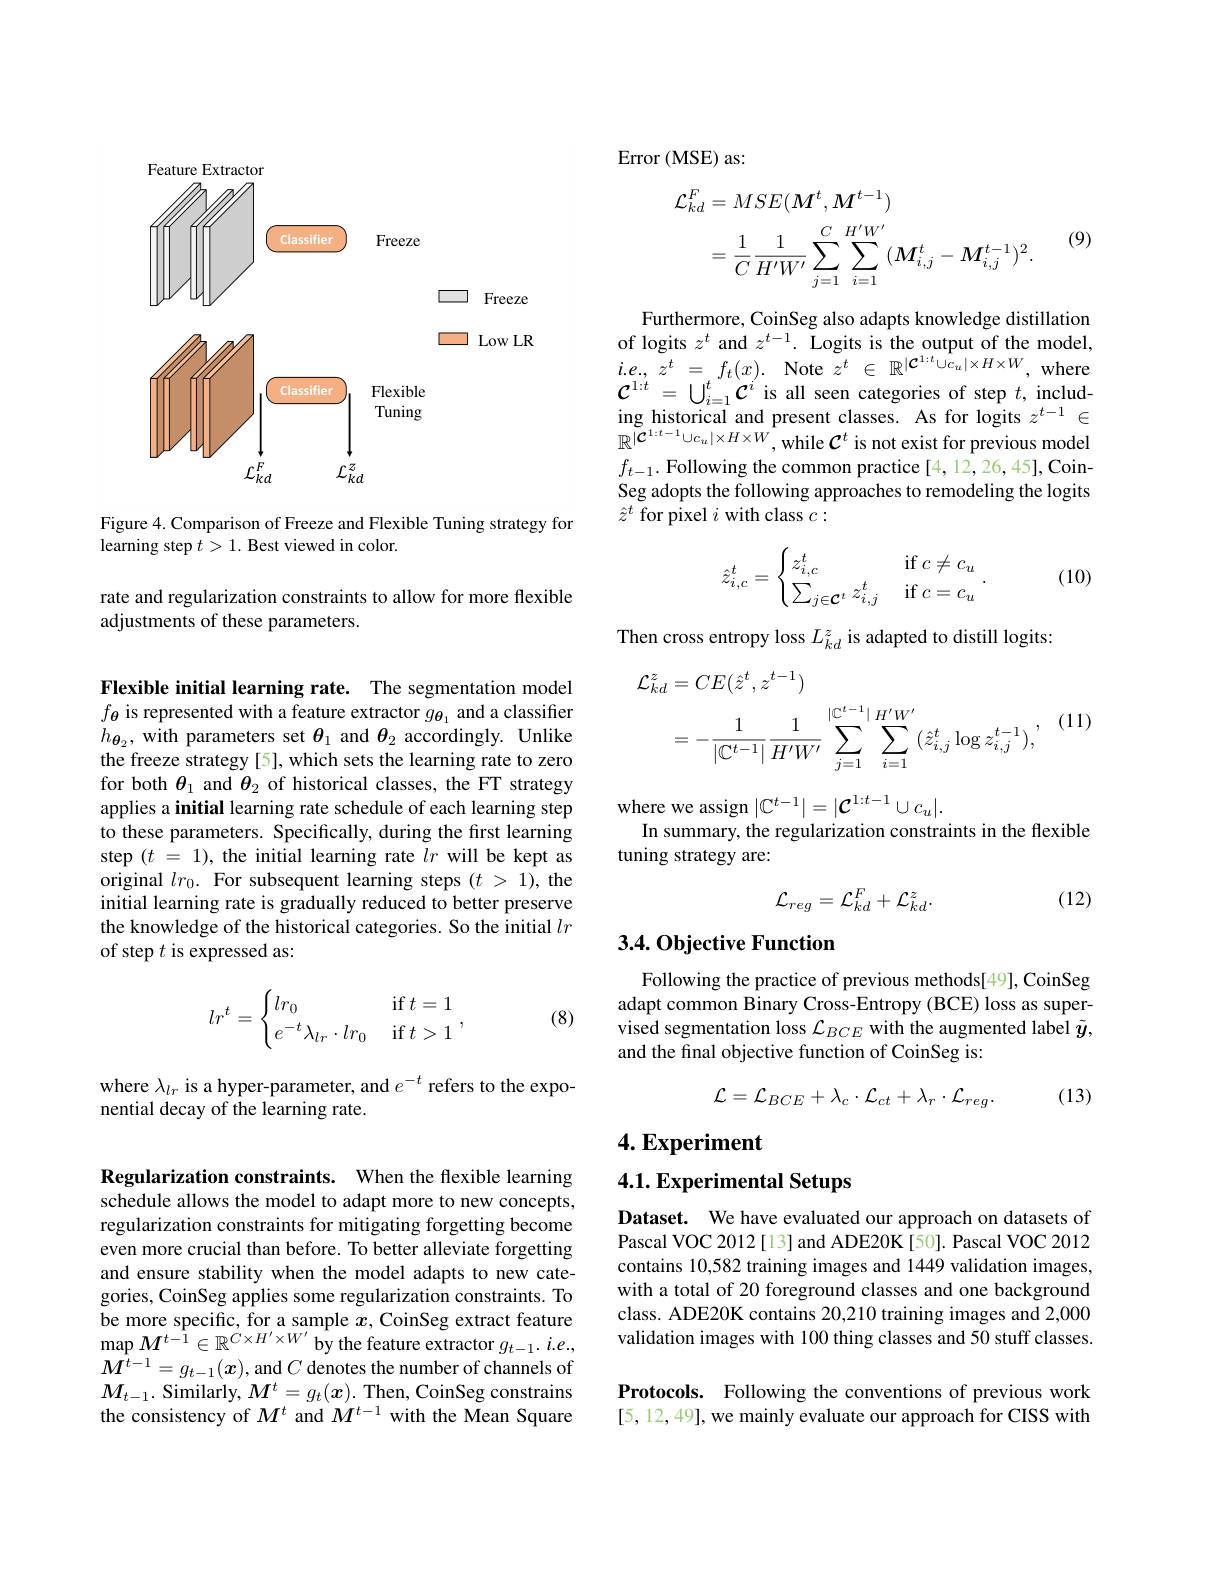
<FigureHere>

Figure 4. Comparison of Freeze and Flexible Tuning strategy for
learning step $t>1.$ Best viewed in color.

rate and regularization constraints to allow for more flexible
adjustments of these parameters.

Flexible initial learning rate. The segmentation model $f_{\boldsymbol{\theta}}$ is represented with a feature extractor $g_{\boldsymbol{\theta}_1}$ and a classiffer $h_{\boldsymbol{\theta}_{2}}$, with parameters set $\theta_1$ and $\theta_2$ accordingly. Unlike the freeze strategy [5], which sets the learning rate to zero for both $\theta_1$ and $\theta_2$ of historical classes, the FT strategy applies a initial learning rate schedule of each learning step to these parameters. Specifically, during the first learning step $( t$ = 1), the initial learning rate $lr$ will be kept as original $lr_0.$ For subsequent learning steps $(t>1)$, the initial learning rate is gradually reduced to better preserve the knowledge of the historical categories. So the initial $lr$ of step $t$ is expressed as:
$$lr^t=\begin{cases}lr_0&\text{if}\:t=1\\e^{-t}\lambda_{lr}\cdot lr_0&\text{if}\:t>1\end{cases},$$
(8)

where $\lambda_lr$ is a hyper-parameter, and $e^-t$ refers to the expo-
nential decay of the learning rate.

Regularization constraints. When the flexible learning schedule allows the model to adapt more to new concepts, regularization constraints for mitigating forgetting become even more crucial than before. To better alleviate forgetting and ensure stability when the model adapts to new categories, CoinSeg applies some regularization constraints. To be more specific, for a sample $x$, CoinSeg extract feature $\operatorname*{map}M^{t-1}\in\mathbb{R}^{\acute{C}\times H^{\prime}\times W^{\prime}}$ by the feature extractor $g_t-1.i.e.$, $M^{t-1}=g_{t-1}(x)$, and $C$ denotes the number of channels of $M_{t-1}.$ Similarly, $M^t=g_t(\boldsymbol x).$ Then, CoinSeg constrains the consistency of $M^t$ and $M^{t-1}$ with the Mean Square

$\operatorname{Error}\left(\mathrm{MSE}\right)$as:
$$\begin{aligned}\mathcal{L}_{kd}^{F}&=MSE(\boldsymbol{M}^{t},\boldsymbol{M}^{t-1})\\&=\frac{1}{C}\frac{1}{H^{\prime}W^{\prime}}\sum_{j=1}^{C}\sum_{i=1}^{H^{\prime}W^{\prime}}(\boldsymbol{M}_{i,j}^{t}-\boldsymbol{M}_{i,j}^{t-1})^{2}.\end{aligned}$$
(9)

Furthermore, CoinSeg also adapts knowledge distillation of logits $z^t$ and $z^t-1.$ Logits is the output of the model, $i.e,~z^{t}~=~f_{t}(x).~$Note $z^t~\in~\mathbb{R}^{|\mathcal{C}^{1:t}\cup c_{u}|\times H\times W},~$where $\mathcal{C}^{1:t}=\bigcup_{i=1}^{t}\mathcal{C}^{i}$ is all seen categories of step $t$,including historical and present classes. As for logits $z^t-1\in$ $\mathbb{R}^{\tilde{|}\mathcal{C}^{1:t-1}\cup c_u|\times H\times W}$,while $\mathcal{C}^t$ is not exist for previous model $f_{t-1}.$ Following the common practice[4,12,26,45],CoinSeg adopts the following approaches to remodeling the logits $\hat{z}^t$ for pixel $i$ with class $c:$
$$\hat{z}_{i,c}^t=\begin{cases}z_{i,c}^t&\text{if}c\neq c_u\\\sum_{j\in\mathcal{C}^t}z_{i,j}^t&\text{if}c=c_u\end{cases}.$$
(10)

Then cross entropy loss $L_kd^z$ is adapted to distill logits:
$$\begin{aligned}\mathcal{L}_{kd}^{z}&=CE(\hat{z}^{t},z^{t-1})\\&=-\frac{1}{|\mathbb{C}^{t-1}|}\frac{1}{H^{\prime}W^{\prime}}\sum_{j=1}^{|\mathbb{C}^{t-1}|}\sum_{i=1}^{H^{\prime}W^{\prime}}(\hat{z}_{i,j}^{t}\log z_{i,j}^{t-1}),\end{aligned}$$
(11)

where we assign $|\mathbb{C}^t-1|=|\mathcal{C}^{1:t-1}\cup c_u|.$
In summary, the regularization constraints in the flexible
tuning strategy are:
$$\mathcal{L}_{reg}=\mathcal{L}_{kd}^F+\mathcal{L}_{kd}^z.$$
(12)

## 3.4. Objective Function

Following the practice of previous methods[49], CoinSeg adapt common Binary Cross-Entropy (BCE) loss as supervised segmentation loss $\mathcal{L}_BCE$ with the augmented label $\tilde{y}$, and the final objective function of CoinSeg is:
$$\mathcal{L}=\mathcal{L}_{BCE}+\lambda_{c}\cdot\mathcal{L}_{ct}+\lambda_{r}\cdot\mathcal{L}_{reg}.$$
(13)

$4. \textbf{Experiment}$

## 4.1. Experimental Setups

Dataset. We have evaluated our approach on datasets of Pascal VOC 2012[13] and ADE20K[50]. Pascal VOC 2012 contains 10,582 training images and 1449 validation images, with a total of 20 foreground classes and one background class. ADE20K contains 20,210 training images and 2,000 validation images with 100 thing classes and 50 stuff classes

Protocols. Following the conventions of previous work [5,12,49], we mainly evaluate our approach for CISS with